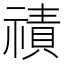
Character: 𮂒